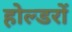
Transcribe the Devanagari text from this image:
होल्डरों